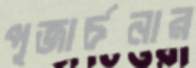
পূজার্চনার